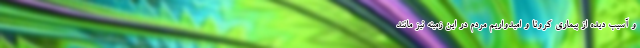
و آسیب دیده از بیماری کرونا و امیدواریم مردم در این زمینه نیز مانند